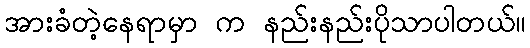
အားခံတဲ့နေရာမှာ က နည်းနည်းပိုသာပါတယ်။